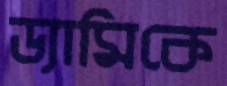
ড্যামিকে